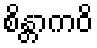
စိန္တာကဝိ